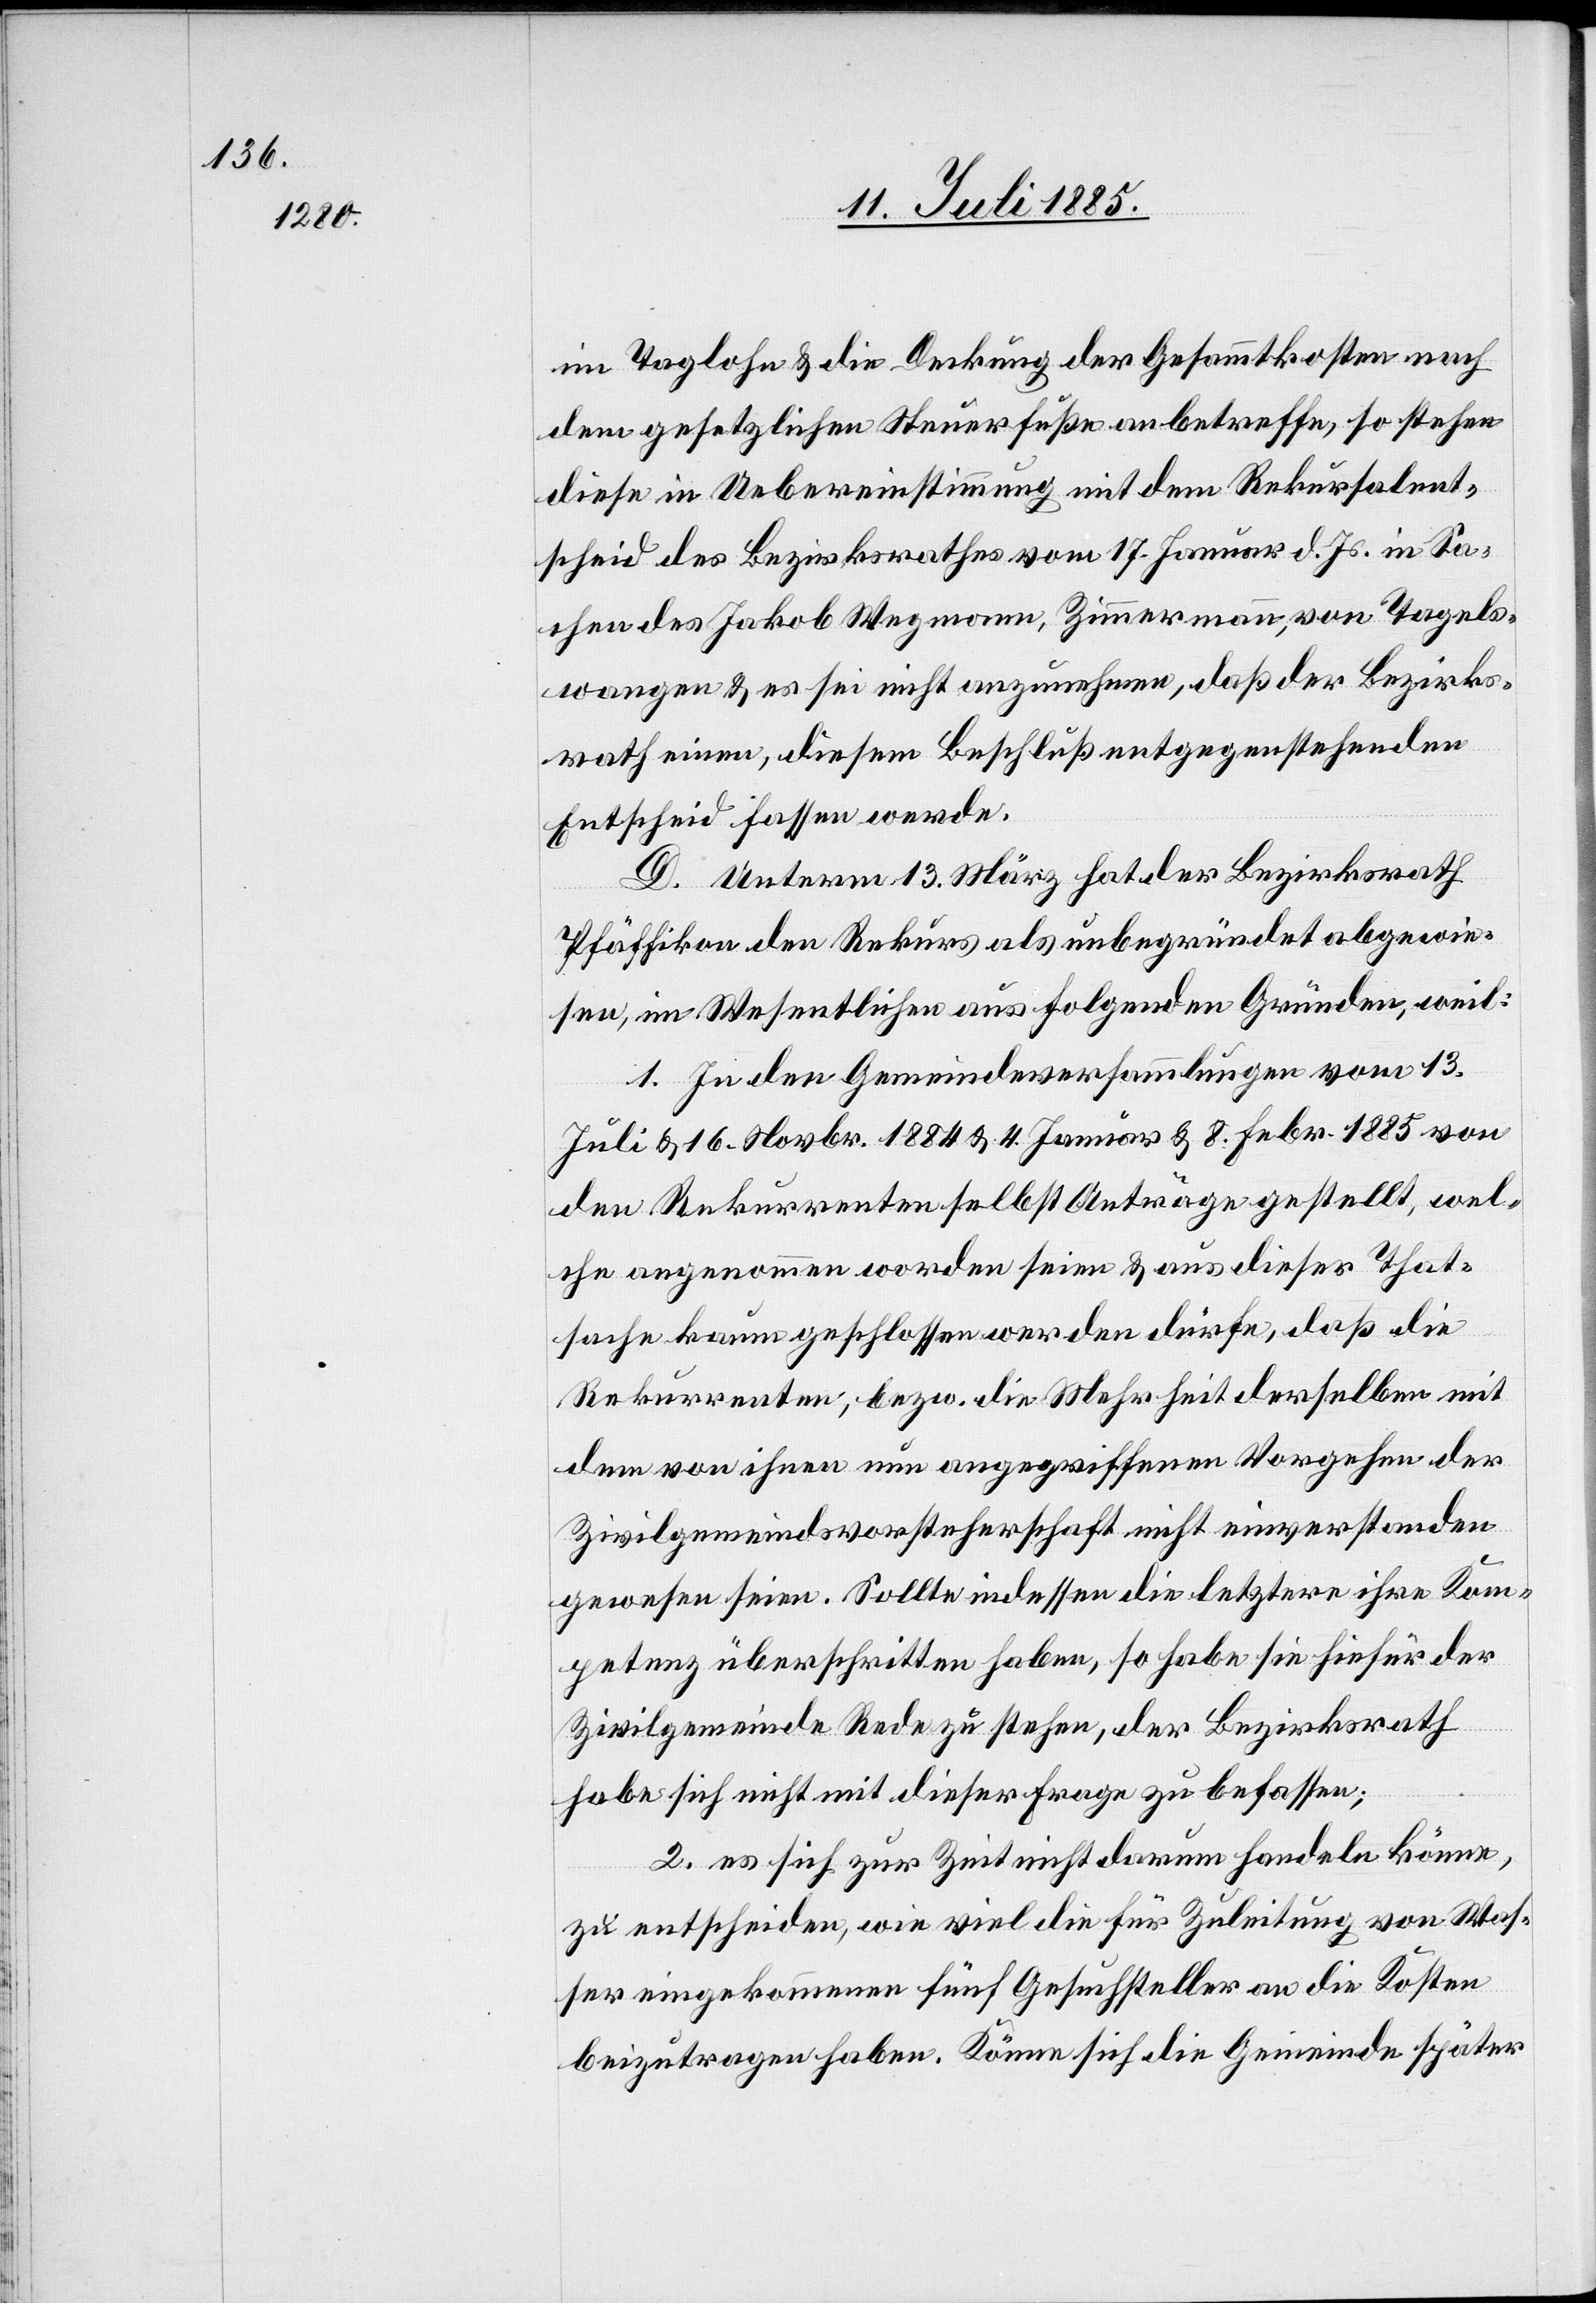
im Taglohn & die Deckung der Gesammtkosten nach
dem gesetzlichen Steuerfuße anbetreffe, so stehen
diese in Uebereinstimmung mit dem Rekursalent¬
scheid des Bezirksrathes vom 17. Januar d. Js. in Sa¬
chen des Jakob Wegmann, Zimmermann, von Tagels¬
wangen & es sei nicht anzunehmen, daß der Bezirks¬
rath einen, diesem Beschluß entgegenstehenden
Entscheid fassen werde.
D. Unterm 13. März hat der Bezirksrath
Pfäffikon den Rekurs als unbegründet abgewie¬
sen, im Wesentlichen aus folgenden Gründen, weil:
1. In den Gemeindeversammlungen vom 13.
Juli & 16. Novbr. 1884 & 4. Januar & 8. Febr. 1885 von
den Rekurrenten selbst Anträge gestellt, wel¬
che angenommen worden seien & aus dieser That¬
sache kaum geschlossen werden dürfe, daß die
Rekurrenten, bezw. die Mehrheit derselben mit
dem von ihnen nun angegriffenen Vorgehen der
Zivilgemeindsvorsteherschaft nicht einverstanden
gewesen seien. Sollte indessen die letztere ihre Kom¬
petenz überschritten haben, so habe sie hiefür der
Zivilgemeinde Rede zu stehen, der Bezirksrath
habe sich nicht mit dieser Frage zu befassen;
2. es sich zur Zeit nicht darum handeln könne,
zu entscheiden, wie viel die für Zuleitung von Was¬
ser eingekommenen fünf Gesuchsteller an die Kosten
beizutragen haben. Könne sich die Gemeinde später